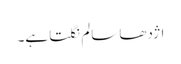
اژدھا سالم نگلتا ہے۔